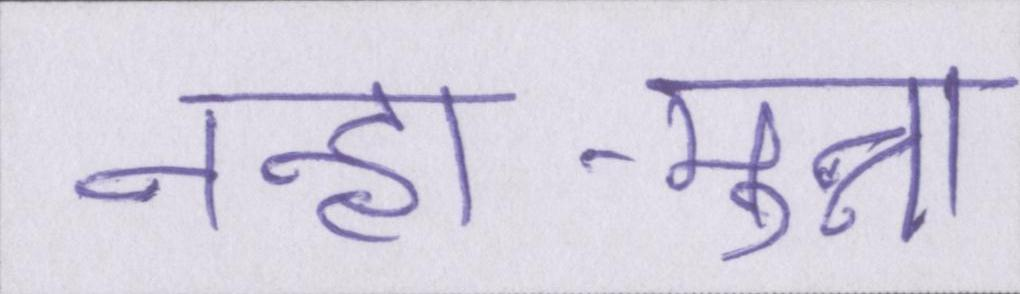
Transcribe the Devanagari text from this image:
नन्हा-मुन्ना